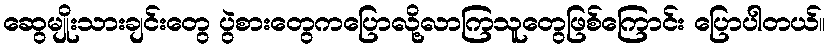
ဆွေမျိုးသားချင်းတွေ ပွဲစားတွေကပြောလို့လာကြသူတွေဖြစ်ကြောင်း ပြောပါတယ်။